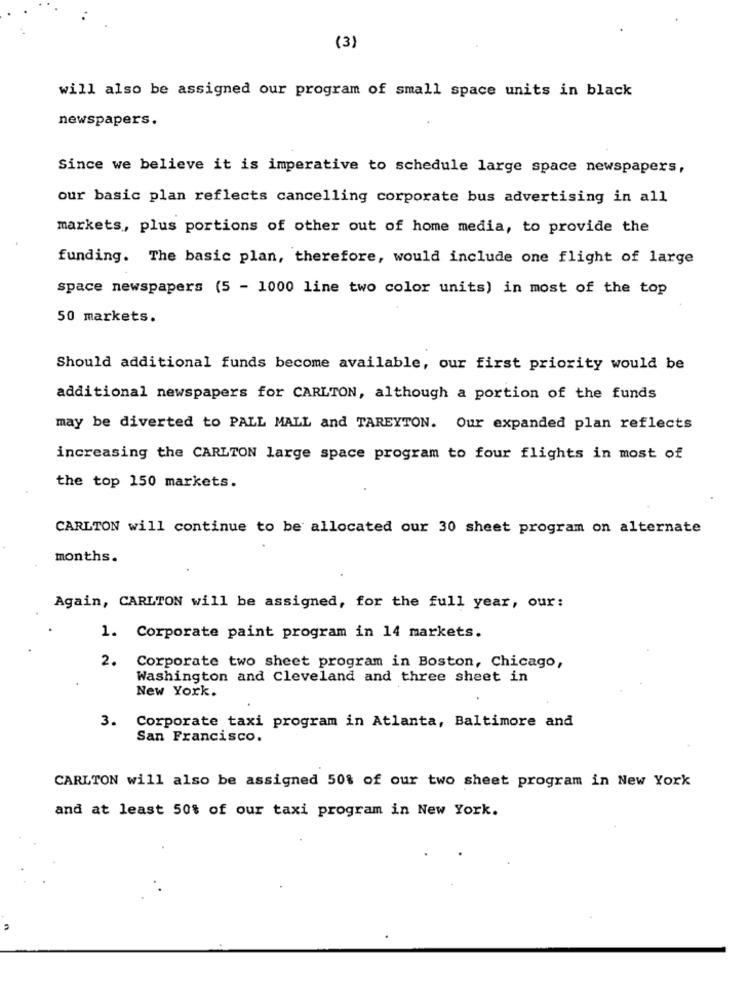
(3)
will also be assigned our program of small space units in black
newspapers.
Since we believe it is imperative to schedule large space newspapers,
our basic plan reflects cancelling corporate bus advertising in all
markets, plus portions of other out of home media, to provide the
funding. The basic plan, therefore, would include one flight of large
space newspapers (5 - 1000 line two color units) in most of the top
50 markets.
Should additional funds become available, our first priority would be
additional newspapers for CARLTON, although a portion of the funds
may be diverted to PALL MALL and TAREYTON. Our expanded plan reflects
increasing the CARLTON large space program to four flights in most of
the top 150 markets.
CARLTON will continue to be allocated our 30 sheet program on alternate
months.
Again, CARLTON will be assigned, for the full year, our:
1. Corporate paint program in 14 markets.
2.
Corporate two sheet program in Boston, Chicago,
Washington and Cleveland and three sheet in
New York.
3. Corporate taxi program in Atlanta, Baltimore and
San Francisco.
CARLTON will also be assigned 50% of our two sheet program in New York
and at least 50% of our taxi program in New York.